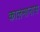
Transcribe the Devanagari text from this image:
कालमानास